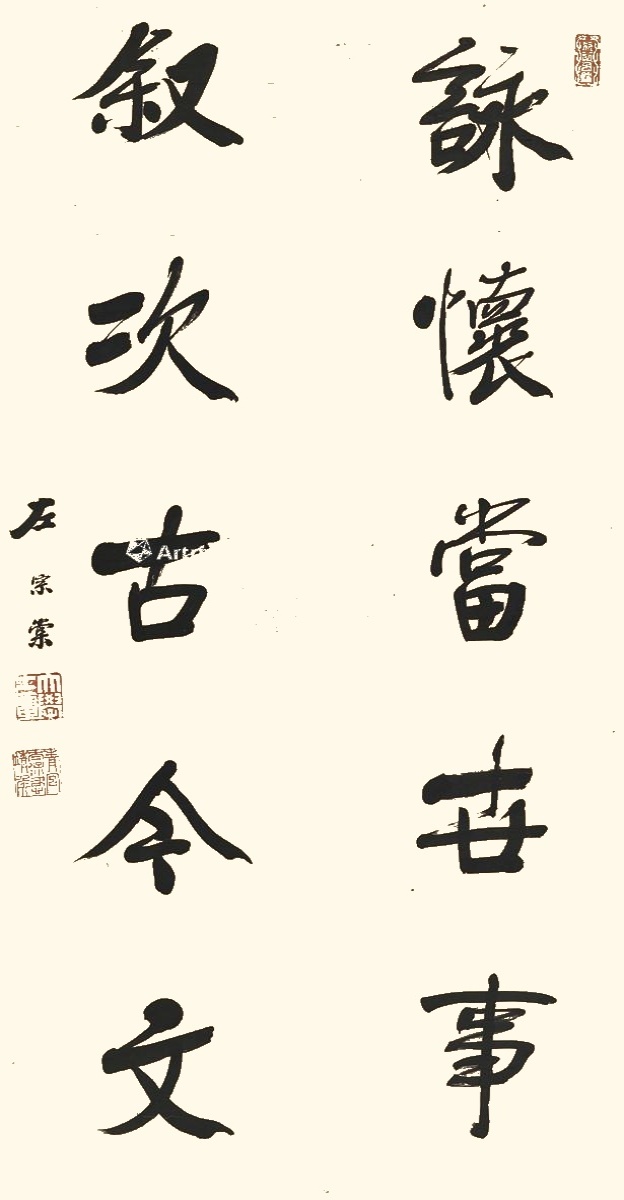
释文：咏怀当世事，叙次古今文。左宗棠。